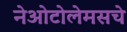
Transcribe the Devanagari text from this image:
नेओटोलेमसचे